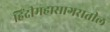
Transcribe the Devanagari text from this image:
हिंदीमहासागरातील